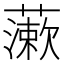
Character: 𧀌